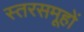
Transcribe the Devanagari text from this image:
स्तरसमूहों